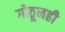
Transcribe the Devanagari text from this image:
गोठूनही